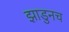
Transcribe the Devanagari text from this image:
झाडुनच